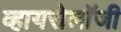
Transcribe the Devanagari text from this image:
व्हायरोलॉजी